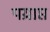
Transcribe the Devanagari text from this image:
पय्राप्त